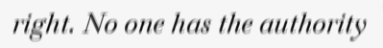
right. No one has the authority